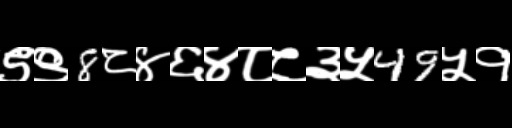
Text: ९९8८४६४८८३५49५१